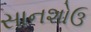
સાનશોઉ